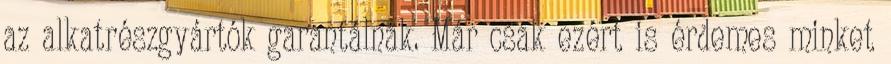
az alkatrészgyártók garantálnak. Már csak ezért is érdemes minket